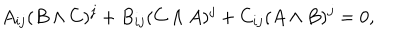
A _ { i j } ( B \wedge C ) ^ { j } + B _ { i j } ( C \wedge A ) ^ { j } + C _ { i j } ( A \wedge B ) ^ { j } = 0 ,